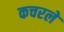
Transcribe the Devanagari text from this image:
कचरले